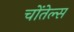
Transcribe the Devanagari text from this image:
चोंतेल्स